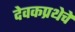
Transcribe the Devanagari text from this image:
देवकप्रथेचे